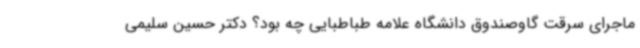
ماجرای سرقت گاوصندوق دانشگاه علامه طباطبایی چه بود؟ دکتر حسین سلیمی